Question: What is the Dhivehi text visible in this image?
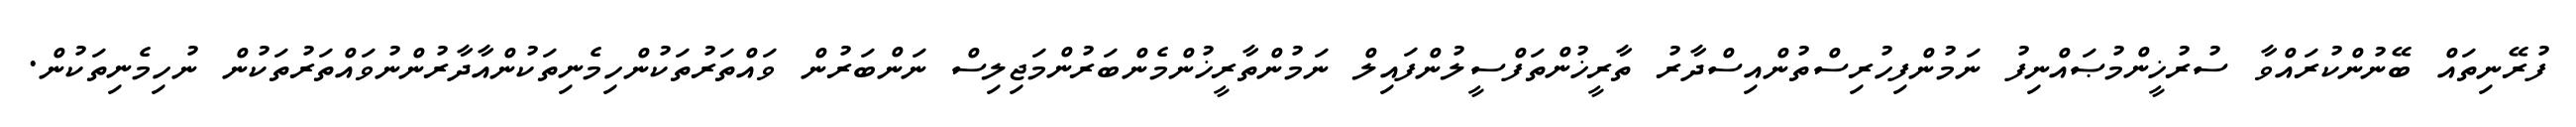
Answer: ފުރޭނިތައް ބޭނުންކުރައްވާ ސުރުޚީންމުޞައްނިފު ނަމުންފިހުރިސްތުންއިސްދާރު ތާރީޚުންތަފްސީލުންފައިލް ނަމުންތާރީޚުންމެންބަރުންމަޖިލިސް ނަންބަރުން ވައްތަރުތަކުންހިމެނިތަކުންއާދާރުންނުވައްތަރުތަކުން ނުހިމެނިތަކުން.